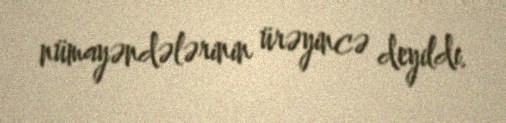
nümayəndələrinin ürəyincə deyildi.